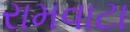
રામવાટા